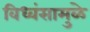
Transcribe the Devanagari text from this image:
विध्वंसामुळे